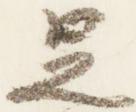
足